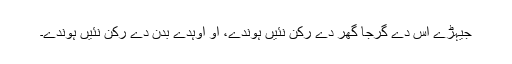
جیہڑے اُس دے گرجا گھر دے رُکن نئیں ہوندے، اُو اُوہدے بدن دے رُکن نئیں ہوندے۔